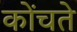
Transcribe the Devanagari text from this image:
कोंचते